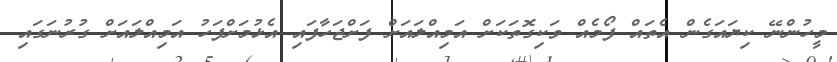
މީހުންނޭ ކިޔައަގެން އެތައް ފޯމެއް ވަކިގޮތަކަށް އަމިއްލައަށް ފަށްޖަހާފައި އެޅުމަށްފަހު އަމިއްލައަށް ގުރުނަގައި